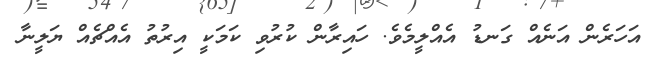
އަހަރެން އަނެއް ގަނޑު އެއްލީމެވެ. ހައިރާން ކުރުވި ކަމަކީ އިރުތު އެއްޗެއް ޔަލީނާ